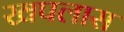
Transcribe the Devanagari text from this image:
खपलास